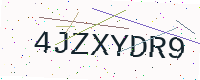
Text: 4JZXYDR9